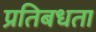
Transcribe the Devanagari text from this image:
प्रतिबधता